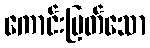
ကောင်းမြတ်သော